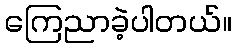
ကြေညာခဲ့ပါတယ်။